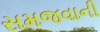
સમજવાની